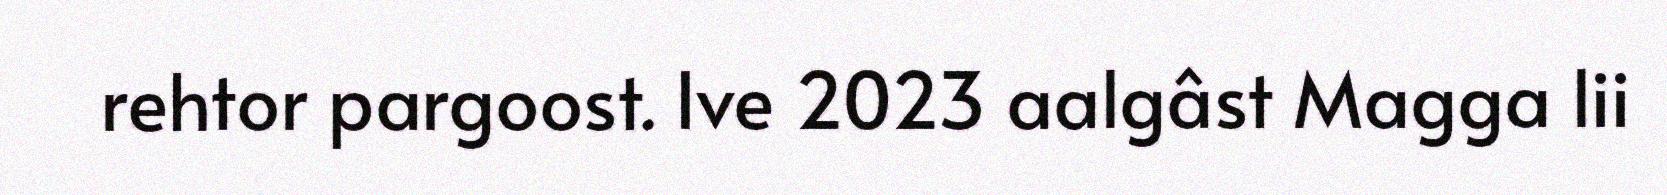
rehtor pargoost. Ive 2023 aalgâst Magga lii